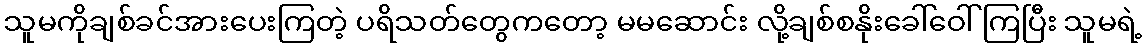
သူမကိုချစ်ခင်အားပေးကြတဲ့ ပရိသတ်တွေကတော့ မမဆောင်း လို့ချစ်စနိုးခေါ်ဝေါ်ကြပြီး သူမရဲ့